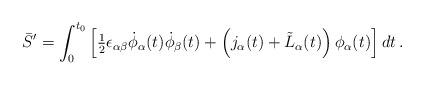
LaTeX: \begin{align*}\bar{S}'=\int_0^{t_0}\left[{\textstyle{1\over 2}}\epsilon_{\alpha\beta}\dot{\phi}_{\alpha}(t)\dot{\phi}_{\beta}(t)+\left(j_{\alpha}(t)+\tilde{L}_{\alpha}(t)\right)\phi_{\alpha}(t)\right]dt\,.\end{align*}